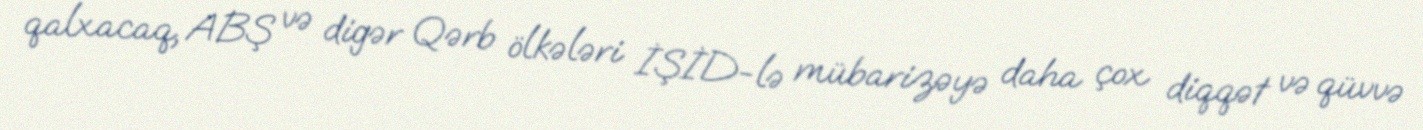
qalxacaq, ABŞ və digər Qərb ölkələri İŞİD-lə mübarizəyə daha çox diqqət və qüvvə